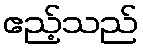
ဧည့်သည်